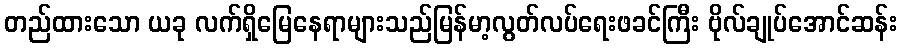
တည်ထားသော ယခု လက်ရှိမြေနေရာများသည်မြန်မာ့လွတ်လပ်ရေးဖခင်ကြီး ဗိုလ်ချုပ်အောင်ဆန်း